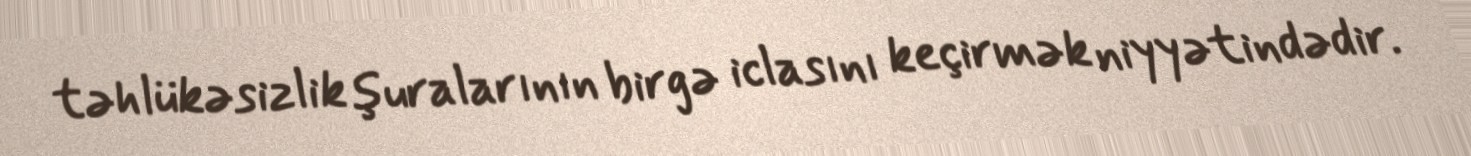
təhlükəsizlik şuralarının birgə iclasını keçirmək niyyətindədir.